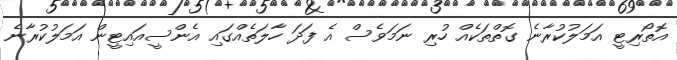
އޮތޯރިޓީ އަމަލުކުރާނެ ގޮތްތަކެއް ހުރި ނަމަވެސް އެ ފަދަ ހާލަތެއްގައި އެންސީއައިޓީން އަމަލުކުރާނެ